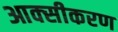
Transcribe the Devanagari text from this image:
आक्‍सीकरण